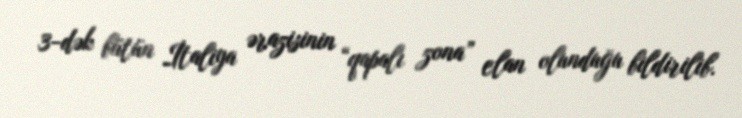
3-dək bütün İtaliya ərazisinin “qapalı zona” elan olunduğu bildirilib.